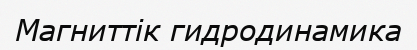
Магниттік гидродинамика